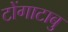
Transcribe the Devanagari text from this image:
टोंगाटाबु